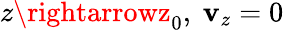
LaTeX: z\rightarrowz_{0},~\mathbf{v}_{z}=0